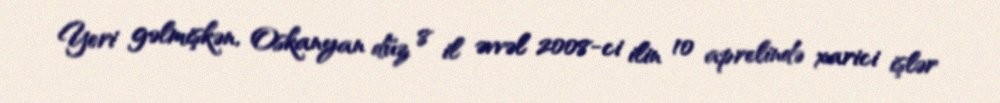
Yeri gəlmişkən, Oskanyan düz 8 il əvvəl 2008-ci ilin 10 aprelində xarici işlər